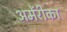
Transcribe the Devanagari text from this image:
अमेंरीका